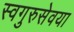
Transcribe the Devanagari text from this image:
स्वगुरुसेवया